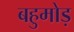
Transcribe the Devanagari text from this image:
बहुमोड़